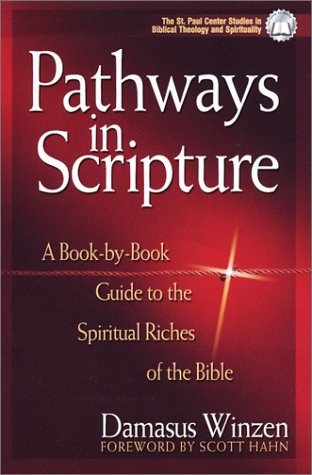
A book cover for Pathways in Scripture: A Book-By-Book Guide to the Spiritual Riches of the Bible (St. Paul Center Studies in Biblical Theology and Spiritualit); Damasus Winzen; Christian Books & Bibles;